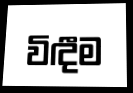
විඳීම